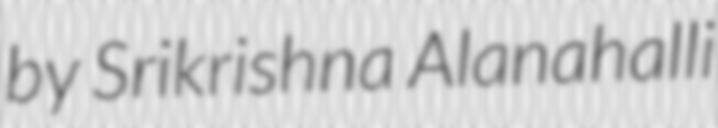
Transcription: by Srikrishna Alanahalli